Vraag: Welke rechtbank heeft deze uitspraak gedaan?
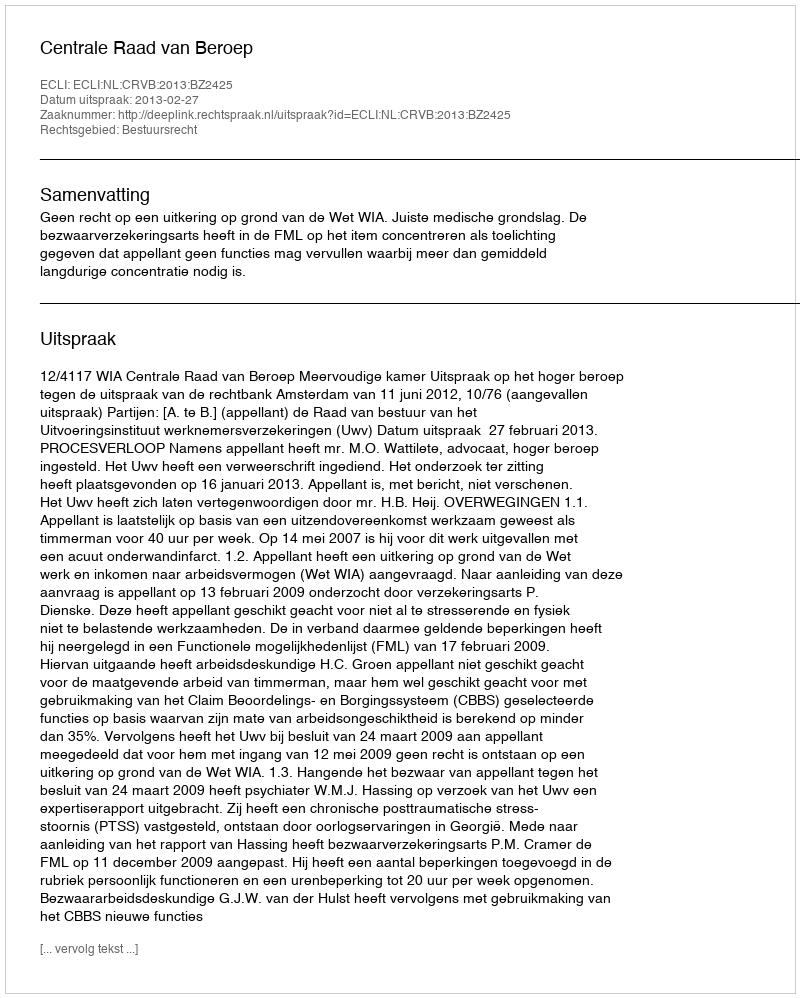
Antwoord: Centrale Raad van Beroep